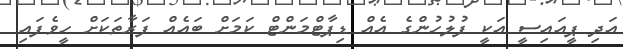
އަދި ޕީއައިސީ އަކީ ފުލުހުންގެ އެއް ޑިޕާޓްމަންޓް ކަމަށް ބައެއް ފަރާތަކަށް ހީވެފައި